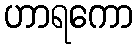
ဟာရကော